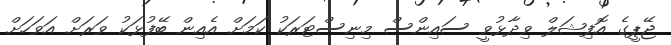
ޖޭޕީގެ އޮފިޝަލް ވިދާޅުވީ ސައިންސް މިނިސްޓަރަކު ކަމަށް އެއިން ބޭފުޅަކު ވަރަށް އަވަހަށް